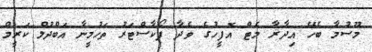
މޫސުމާ ބެހޭ އިދާރާ މެޓް އޮފީހުގެ ވެދާ ފޯކާސްޓަރު ތަހުމީނާ އަބްދުލް ކަރީމް